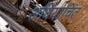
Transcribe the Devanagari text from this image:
अधियाचित